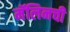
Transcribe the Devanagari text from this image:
मॅलिनची